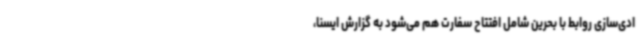
ادی‌سازی روابط با بحرین شامل افتتاح سفارت هم می‌شود به گزارش ایسنا،